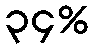
၃၄%